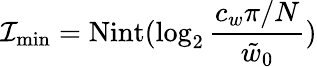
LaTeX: \mathcal{I}_{\mathrm{{min}}}=\mathrm{{Nint}}(\log_{2}\frac{{c_{w}\pi/N}}{{\tilde{{w}}_{0}}})